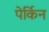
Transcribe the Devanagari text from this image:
पेर्किन